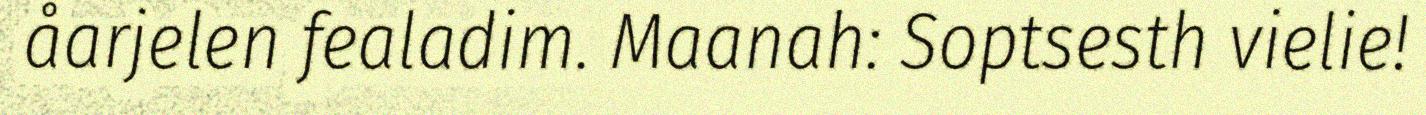
åarjelen fealadim. Maanah: Soptsesth vielie!